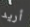
أريد